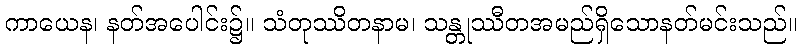
ကာယေန၊ နတ်အပေါင်း၌။ သံတုဿိတနာမ၊ သန္တုဿီတအမည်ရှိသောနတ်မင်းသည်။